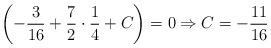
LaTeX: \begin{align*}\left(-\frac{3}{16}+\frac{7}{2} \cdot \frac{1}{4} +C\right) = 0 \Rightarrow C=-\frac{11}{16}\end{align*}